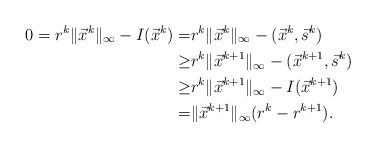
LaTeX: \begin{align*}0 = r^k\|\vec x^k\|_\infty -I(\vec x^k) = &r^k\|\vec x^k\|_\infty-( \vec x^k,\vec s^k) \\\ge & r^k\|\vec x^{k+1}\|_\infty-(\vec x^{k+1}, \vec s^k) \\\ge & r^k\|\vec x^{k+1}\|_\infty- I(\vec x^{k+1}) \\= & \|\vec x^{k+1}\|_\infty(r^k-r^{k+1}).\end{align*}